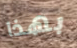
بهذا